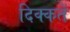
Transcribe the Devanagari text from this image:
दिक्‍कतें